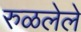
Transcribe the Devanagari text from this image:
रुळलेले